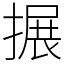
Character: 搌